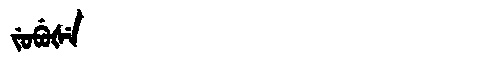
Manchu: ᠵᡠᠪᡠᡧᡝ
Romanization: JUBUŠE